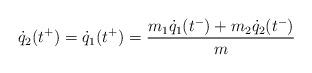
LaTeX: \begin{align*}\dot{q}_2(t^+) =\dot{q}_1(t^+)= \frac{m_1\dot{q}_1(t^-) +m_2 \dot{q}_2(t^-)}{m}\end{align*}